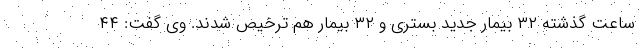
ساعت گذشته ۳۲ بیمار جدید بستری و ۳۲ بیمار هم ترخیص شدند. وی گفت: ۴۴